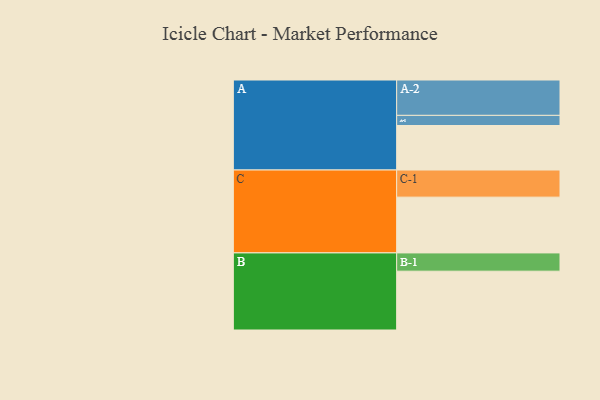
{"axis": {"x": "Segment", "y": "Value"}, "legend": ["", "A", "B", "C"], "data": [{"x": "A", "y": 351, "type": ""}, {"x": "B", "y": 464, "type": ""}, {"x": "C", "y": 440, "type": ""}, {"x": "A-1", "y": 80, "type": "A"}, {"x": "A-2", "y": 279, "type": "A"}, {"x": "B-1", "y": 144, "type": "B"}, {"x": "C-1", "y": 214, "type": "C"}]}